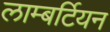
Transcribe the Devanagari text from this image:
लाम्बर्टियन